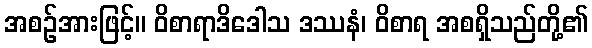
အစဉ်အားဖြင့်။ ဝိစာရာဒိဒေါသ ဒဿနံ၊ ဝိစာရ အစရှိသည်တို့၏